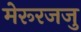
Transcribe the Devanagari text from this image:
मेरूरजजु